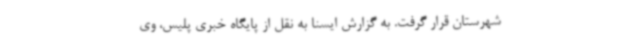
شهرستان قرار گرفت. به گزارش ایسنا به نقل از پایگاه خبری پلیس، وی